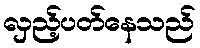
လှည့်ပတ်နေသည်